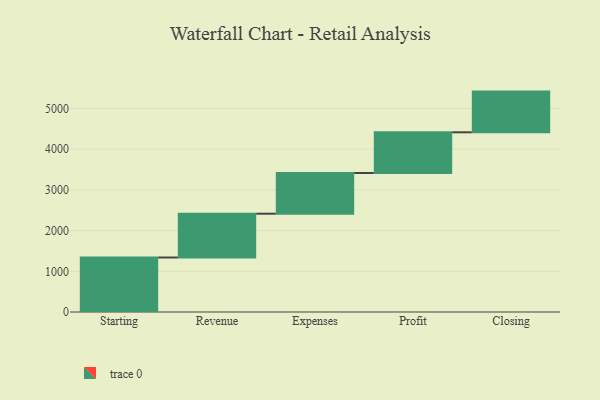
{"axis": {"x": "Step", "y": "Value"}, "legend": [""], "data": [{"x": "Starting", "y": 1339.0, "type": ""}, {"x": "Revenue", "y": 1076.0, "type": ""}, {"x": "Expenses", "y": 1000, "type": ""}, {"x": "Profit", "y": 1000, "type": ""}, {"x": "Closing", "y": 1000, "type": ""}]}